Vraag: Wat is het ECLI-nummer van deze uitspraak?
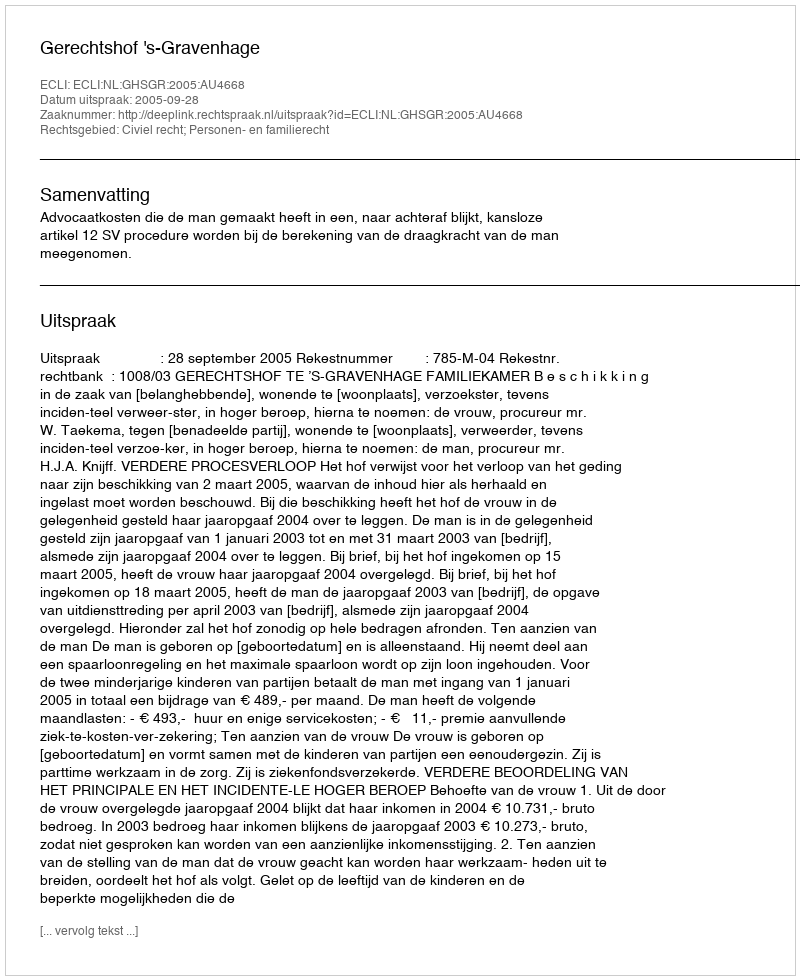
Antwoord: ECLI:NL:GHSGR:2005:AU4668